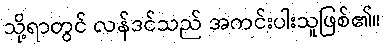
သို့ရာတွင် လန်ဒင်သည် အကင်းပါးသူဖြစ်၏။